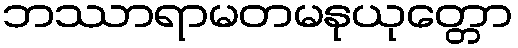
ဘဿာရာမတမနုယုတ္တော